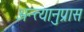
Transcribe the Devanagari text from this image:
अन्त्यानुप्रास